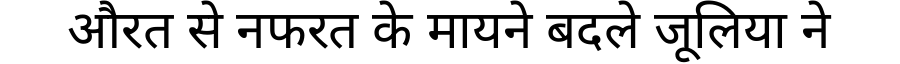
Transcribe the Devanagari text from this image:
औरत से नफरत के मायने बदले जूलिया ने